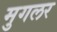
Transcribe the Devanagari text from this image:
मुगलर